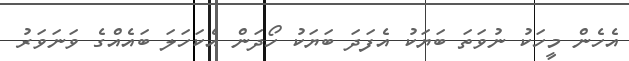
އެހެން މީހަކު ނުވަތަ ބަޔަކު އެފަދަ ބަޔަކު ހޯދަން އެކަހަލަ ބައެއްގެ ވަނަވަރު